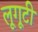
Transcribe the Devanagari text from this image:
लूगूटी